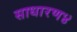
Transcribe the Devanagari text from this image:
साधारण४